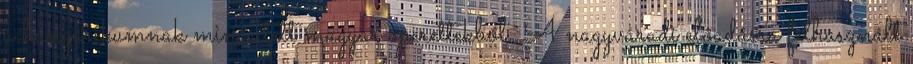
a hungarikumnak minősített magyar operettekből. A nagyváradi előadásra felhasznált